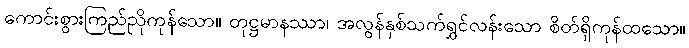
ကောင်းစွားကြည်ညိုကုန်သော။ တုဋ္ဌမာနဿာ၊ အလွန်နှစ်သက်ရွှင်လန်းသော စိတ်ရှိကုန်ထသော။